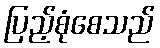
ပြည့်စုံစေသည်